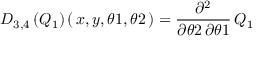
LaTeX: { { D } _ { 3 , 4 } } \left( \! \, { { Q } _ { 1 } } \, \! \right) ( \, { x } , { y } , { \theta 1 } , { \theta 2 } \, ) = { \frac { { \partial } ^ { 2 } } { { \partial } { \theta 2 } \, { \partial } { \theta 1 } } } \, { { Q } _ { 1 } }